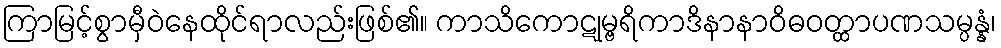
ကြာမြင့်စွာမှီဝဲနေထိုင်ရာလည်းဖြစ်၏။ ကာသိကောဋုမ္ဗရိကာဒိနာနာဝိဓဝတ္ထာပဏသမ္ပန္နံ၊